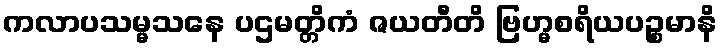
ကလာပသမ္မသနေ ပဌမတ္တိကံ ဇယတီတိ ဗြဟ္မစရိယပဉ္စမာနိ